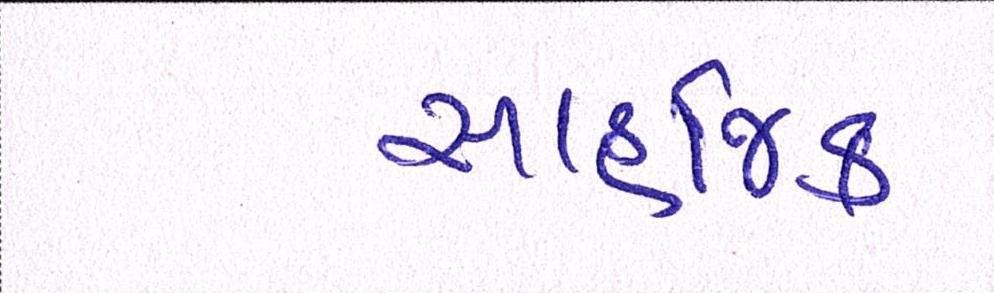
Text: સાહજિક